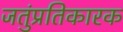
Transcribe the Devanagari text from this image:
जतुंप्रतिकारक